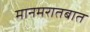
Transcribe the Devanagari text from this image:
मानमरातबात